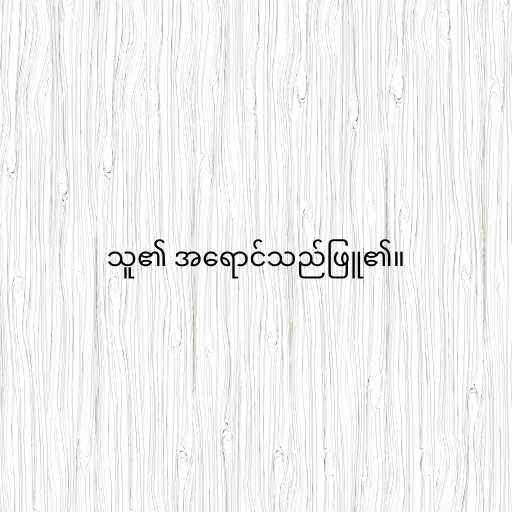
သူ၏ အရောင်သည်ဖြူ၏။